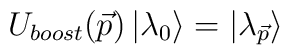
U_{boost}(\vec{p})\left| \lambda _{0}\right> =\left| \lambda _{\vec{p}}\right>